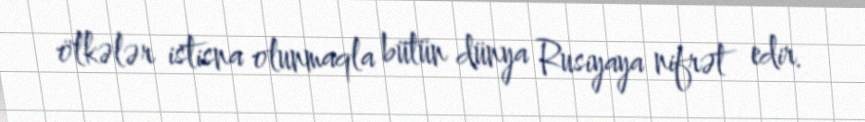
ölkələr istisna olunmaqla bütün dünya Rusiyaya nifrət edir.